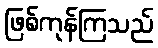
ဖြစ်ကုန်ကြသည်